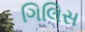
ગિલિસ